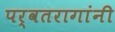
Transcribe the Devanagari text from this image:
पर्वतरागांनी